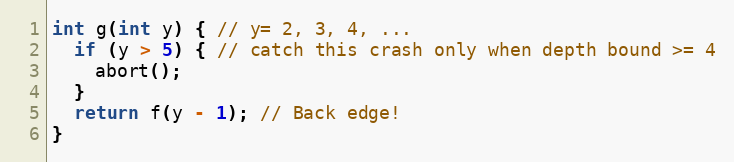
Language: C
int g(int y) { // y= 2, 3, 4, ...
  if (y > 5) { // catch this crash only when depth bound >= 4
    abort();
  }
  return f(y - 1); // Back edge!
}